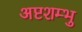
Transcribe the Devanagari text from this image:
अष्टशम्भु